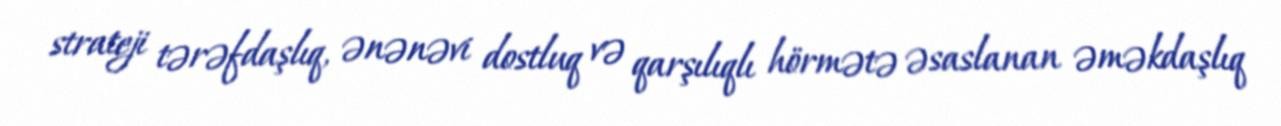
strateji tərəfdaşlıq, ənənəvi dostluq və qarşılıqlı hörmətə əsaslanan əməkdaşlıq